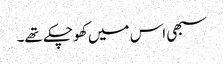
سبھی اس میں کھو چکے تھے۔